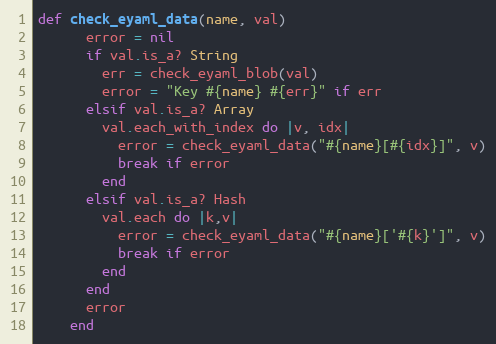
Language: Ruby
def check_eyaml_data(name, val)
      error = nil
      if val.is_a? String
        err = check_eyaml_blob(val)
        error = "Key #{name} #{err}" if err
      elsif val.is_a? Array
        val.each_with_index do |v, idx|
          error = check_eyaml_data("#{name}[#{idx}]", v)
          break if error
        end
      elsif val.is_a? Hash
        val.each do |k,v|
          error = check_eyaml_data("#{name}['#{k}']", v)
          break if error
        end
      end
      error
    end